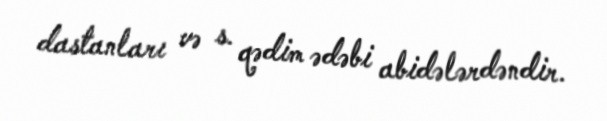
dastanları və s. qədim ədəbi abidələrdəndir.